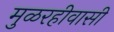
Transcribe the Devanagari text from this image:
मुळरहीवासी